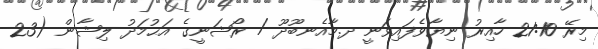
މިރޭ 21:10 ހާއިރު ނިޔާވެފައިވަނީ ދ.މާއެނބޫދޫ / ރޯޝަނީގެ އަޙުމަދު ލިޝާން (23